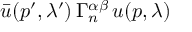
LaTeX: \bar { u } ( p ^ { \prime } , \lambda ^ { \prime } ) \, \Gamma _ { n } ^ { \alpha \beta } \, u ( p , \lambda )